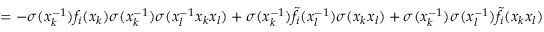
= - \sigma ( x _ { k } ^ { - 1 } ) f _ { i } ( x _ { k } ) \sigma ( x _ { k } ^ { - 1 } ) \sigma ( x _ { l } ^ { - 1 } x _ { k } x _ { l } ) + \sigma ( x _ { k } ^ { - 1 } ) \tilde { f } _ { i } ( x _ { l } ^ { - 1 } ) \sigma ( x _ { k } x _ { l } ) + \sigma ( x _ { k } ^ { - 1 } ) \sigma ( x _ { l } ^ { - 1 } ) \tilde { f } _ { i } ( x _ { k } x _ { l } )